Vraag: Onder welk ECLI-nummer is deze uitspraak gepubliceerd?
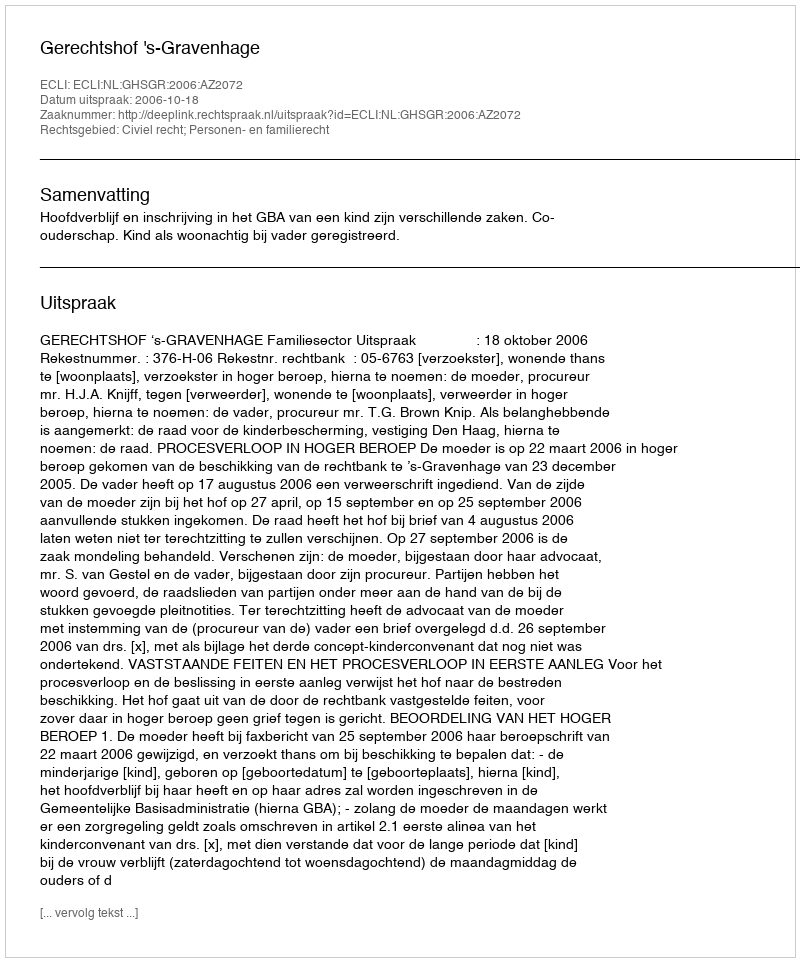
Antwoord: ECLI:NL:GHSGR:2006:AZ2072